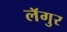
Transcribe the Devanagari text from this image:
लॅगुर